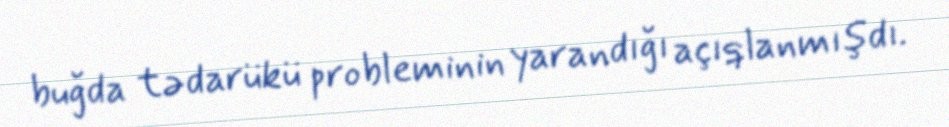
buğda tədarükü probleminin yarandığı açıqlanmışdı.